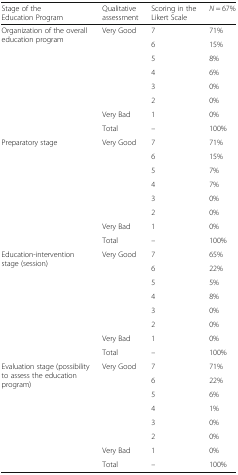
<table><thead><tr><td><b>Stage of the Education Program</b></td><td><b>Qualitative assessment</b></td><td><b>Scoring in the Likert Scale</b></td><td><b><i>N</i> = 67%</b></td></tr></thead><tbody><tr><td rowspan="7">Organization of the overall education program</td><td>Very Good</td><td>7</td><td>71%</td></tr><tr><td rowspan="5"></td><td>6</td><td>15%</td></tr><tr><td>5</td><td>8%</td></tr><tr><td>4</td><td>6%</td></tr><tr><td>3</td><td>0%</td></tr><tr><td>2</td><td>0%</td></tr><tr><td>Very Bad</td><td>1</td><td>0%</td></tr><tr><td></td><td>Total</td><td>–</td><td>100%</td></tr><tr><td rowspan="7">Preparatory stage</td><td>Very Good</td><td>7</td><td>71%</td></tr><tr><td rowspan="5"></td><td>6</td><td>15%</td></tr><tr><td>5</td><td>7%</td></tr><tr><td>4</td><td>7%</td></tr><tr><td>3</td><td>0%</td></tr><tr><td>2</td><td>0%</td></tr><tr><td>Very Bad</td><td>1</td><td>0%</td></tr><tr><td></td><td>Total</td><td>–</td><td>100%</td></tr><tr><td rowspan="7">Education-intervention stage (session)</td><td>Very Good</td><td>7</td><td>65%</td></tr><tr><td rowspan="5"></td><td>6</td><td>22%</td></tr><tr><td>5</td><td>5%</td></tr><tr><td>4</td><td>8%</td></tr><tr><td>3</td><td>0%</td></tr><tr><td>2</td><td>0%</td></tr><tr><td>Very Bad</td><td>1</td><td>0%</td></tr><tr><td></td><td>Total</td><td>–</td><td>100%</td></tr><tr><td rowspan="7">Evaluation stage (possibility to assess the education program)</td><td>Very Good</td><td>7</td><td>71%</td></tr><tr><td rowspan="5"></td><td>6</td><td>22%</td></tr><tr><td>5</td><td>6%</td></tr><tr><td>4</td><td>1%</td></tr><tr><td>3</td><td>0%</td></tr><tr><td>2</td><td>0%</td></tr><tr><td>Very Bad</td><td>1</td><td>0%</td></tr><tr><td></td><td>Total</td><td>–</td><td>100%</td></tr></tbody></table>